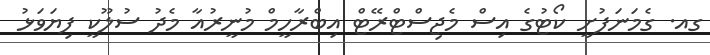
ގއ. ގެމަނަފުށީ ކޯޓުގެ އިސް މެޖިސްޓްރޭޓް އިބްރާހީމް މުނީރުއާ މެދު ސުލޫކީ ފިޔަވަޅު